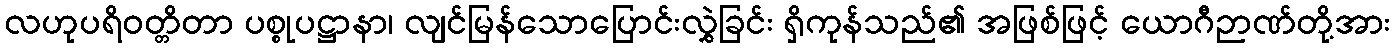
လဟုပရိဝတ္တိတာ ပစ္စုပဋ္ဌာနာ၊ လျင်မြန်သောပြောင်းလွှဲခြင်း ရှိကုန်သည်၏ အဖြစ်ဖြင့် ယောဂီဉာဏ်တို့အား